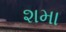
શમા